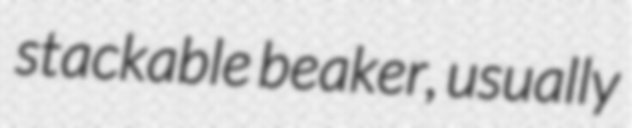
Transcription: stackable beaker, usually